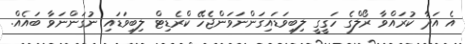
އެ އަދާ ކުރައްވާ ރޯލްގެ ހަގީގީ ލިބިވަޑައިގަންނަވަންޖެހޭ ކްރެޑިޓް ލިބިވަޑައި ނުގަންނަވާ ބައެއް.